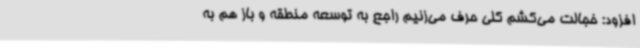
افزود: خجالت می‌کشم کلی حرف می‌زنیم راجع به توسعه منطقه و باز هم به